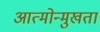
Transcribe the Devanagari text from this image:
आत्मोन्मुखता